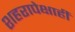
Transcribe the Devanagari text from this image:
शहरापेक्षाही